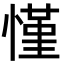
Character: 慬